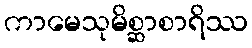
ကာမေသုမိစ္ဆာစာရိဿ